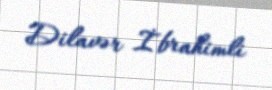
Dilavər İbrahimli